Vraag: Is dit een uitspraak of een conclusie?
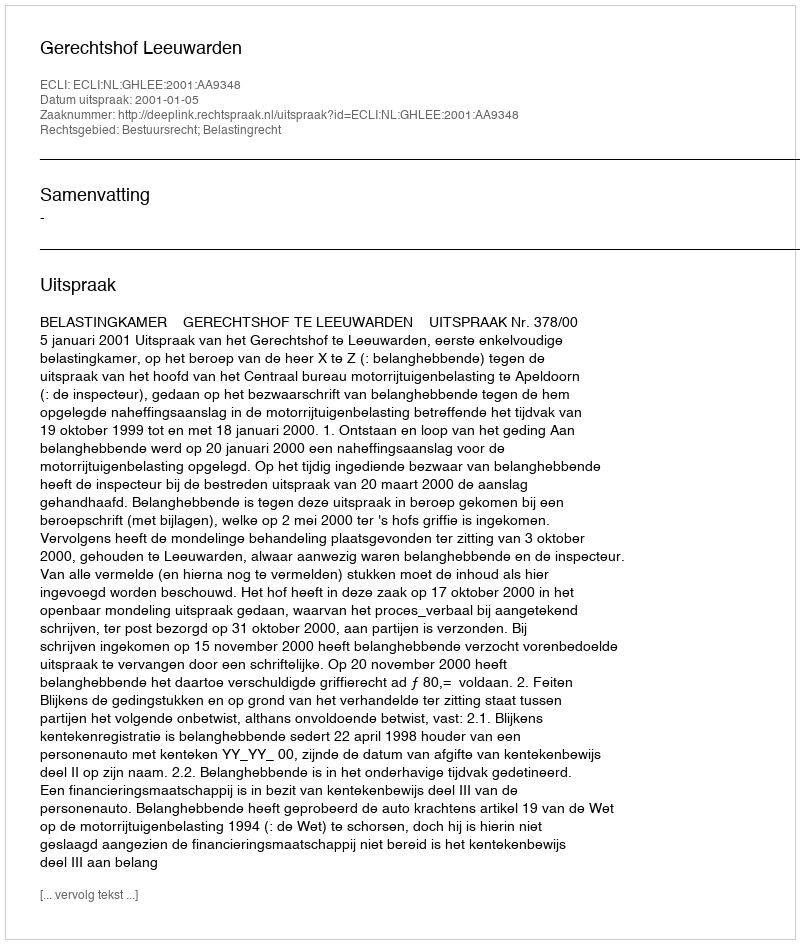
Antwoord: Uitspraak